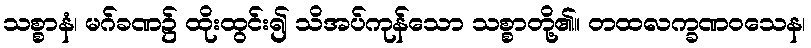
သစ္စာနံ၊ မဂ်ခဏ၌ ထိုးထွင်း၍ သိအပ်ကုန်သော သစ္စာတို့၏။ တထလက္ခဏဝသေန၊